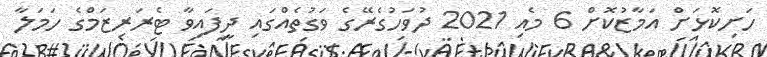
ހަށިކޮޅަށް އަމާޒުކޮށް 6 މެއި 2021 ދުވަހުގެރޭގެ ވަގުތެއްގައި ދީފައިވާ ޓެރަރިޒަމްގެ ހަމަލާ